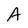
Character: A